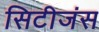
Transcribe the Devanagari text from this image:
सिटीजंस